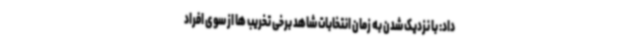
داد: با نزدیک شدن به زمان انتخابات شاهد برخی تخریب ها از سوی افراد